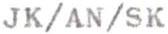
JK/AN/SK